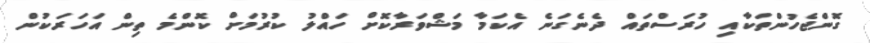
ގޮންޖެހުންތަކާއި ހުރަސްތައް ދެނެގަނެ އެކަމާ މަޝްވަރާކޮށް ހައްލު ކުރުމަށް ކޮންމެ ތިން އަހަަރަކުން